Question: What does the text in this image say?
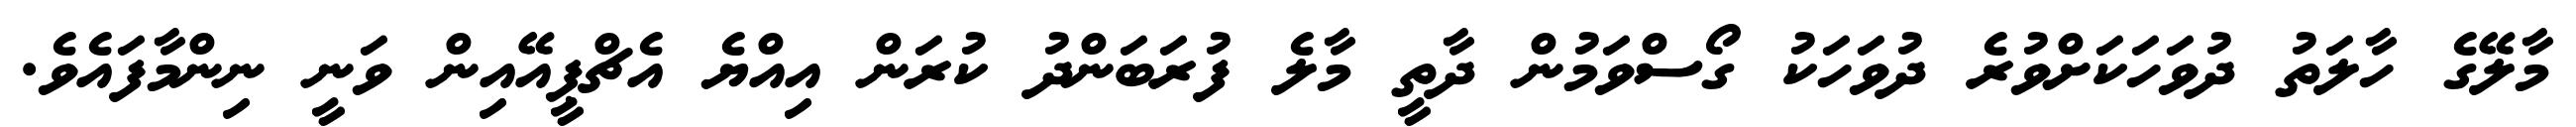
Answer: މާލޭގެ ހާލަތު ދުވަހަކަށްވުރެ ދުވަހަކު ގޯސްވަމުން ދާތީ މާލެ ފުރަބަންދު ކުރަން އިއްޔެ އެޗްޕީއޭއިން ވަނީ ނިންމާފައެވެ.